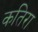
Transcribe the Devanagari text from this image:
कतिरा